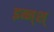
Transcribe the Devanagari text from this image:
इब्न्‌श्